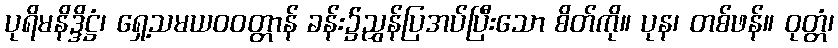
ပုရိမနိဒ္ဒိဋ္ဌံ၊ ရှေ့သမယဝဝတ္တာန် ခန်း၌ညွှန်ပြအပ်ပြီးသော စိတ်ကို။ ပုန၊ တစ်ဖန်။ ဝုတ္တံ၊